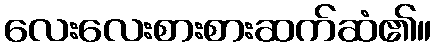
လေးလေးစားစားဆက်ဆံ၏။